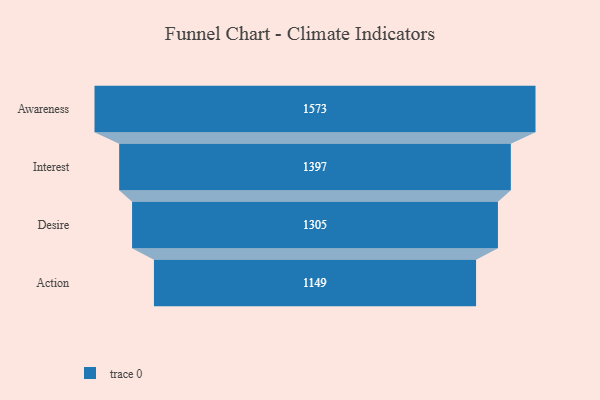
{"axis": {"x": "Stage", "y": "Value"}, "legend": [""], "data": [{"x": "Awareness", "y": 1573.0, "type": ""}, {"x": "Interest", "y": 1397.0, "type": ""}, {"x": "Desire", "y": 1305.0, "type": ""}, {"x": "Action", "y": 1149.0, "type": ""}]}